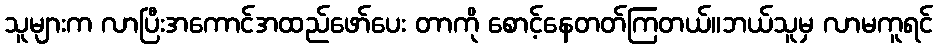
သူများက လာပြီးအကောင်အထည်ဖော်ပေး တာကို စောင့်နေတတ်ကြတယ်။ဘယ်သူမှ လာမကူရင်